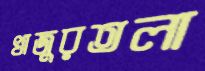
খাজুরতলা